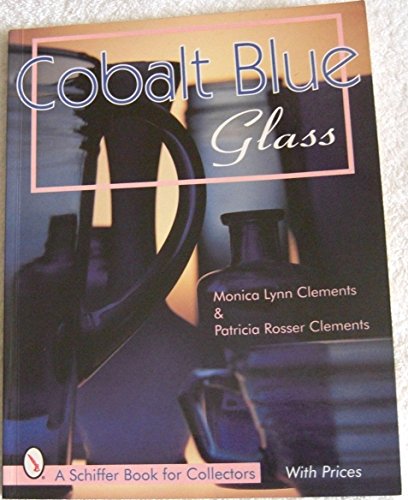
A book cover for Cobalt Blue Glass; Monica Lynn.; Patricia Rosser Clements Clements; Crafts, Hobbies & Home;